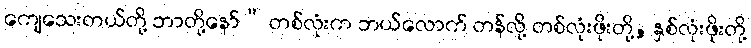
ကျေသေးတယ်တို့ ဘာတို့နော်” တစ်လုံးက ဘယ်လောက် တန်လို့ တစ်လုံးဖိုးတို့, နှစ်လုံးဖိုးတို့